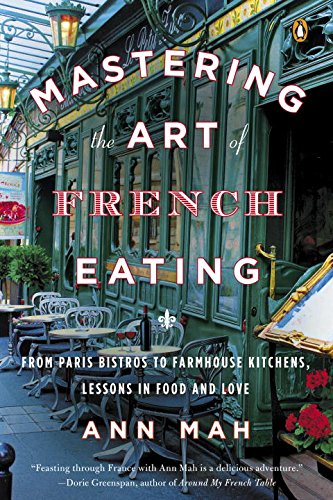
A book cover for Mastering the Art of French Eating: From Paris Bistros to Farmhouse Kitchens, Lessons in Food and Love; Ann Mah; Cookbooks, Food & Wine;